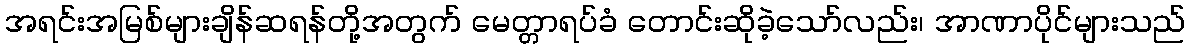
အရင်းအမြစ်များချိန်ဆရန်တို့အတွက် မေတ္တာရပ်ခံ တောင်းဆိုခဲ့သော်လည်း၊ အာဏာပိုင်များသည်